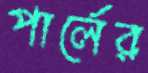
পার্লের